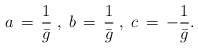
\begin{align*} a\,=\, \frac{1}{\bar{g}}\;,\; b\,=\, \frac{1}{\bar{g}}\;,\; c\,=\, -\frac{1}{\bar{g}}.\end{align*}